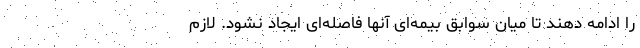
را ادامه دهند تا میان سوابق بیمه‌ای آنها فاصله‌ای ایجاد نشود. لازم